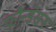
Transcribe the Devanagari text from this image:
फौन्डेसन